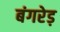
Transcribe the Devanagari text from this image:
बंगरेड़